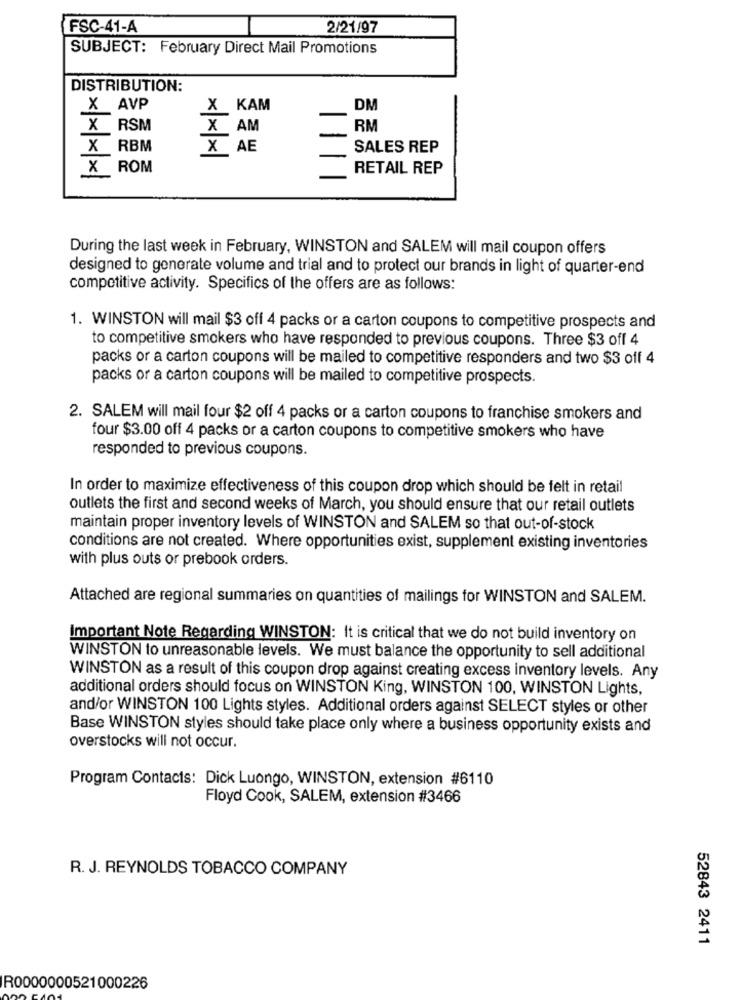
FSC-41-A
2/21/97
SUBJECT: February Direct Mail Promotions
DISTRIBUTION:
X AVP
X KAM
DM
X RSM
X AM
RM
X RBM
X AE
SALES REP
X
ROM
RETAIL REP
During the last week in February, WINSTON and SALEM will mail coupon offers
designed to generate volume and trial and to protect our brands in light of quarter-end
competitive activity. Specifics of the offers are as follows:
1. WINSTON will mail $3 off 4 packs or a carton coupons to competitive prospects and
to competitive smokers who have responded to previous coupons. Three $3 off 4
packs or a carton coupons will be mailed to competitive responders and two $3 off 4
packs or a carton coupons will be mailed to competitive prospects.
2. SALEM will mail four $2 off 4 packs or a carton coupons to franchise smokers and
four $3.00 off 4 packs or a carton coupons to competitive smokers who have
responded to previous coupons.
In order to maximize effectiveness of this coupon drop which should be felt in retail
outlets the first and second weeks of March, you should ensure that our retail outlets
maintain proper inventory levels of WINSTON and SALEM so that out-of-stock
conditions are not created. Where opportunities exist, supplement existing inventories
with plus outs or prebook orders.
Attached are regional summaries on quantities of mailings for WINSTON and SALEM.
Important Note Regarding WINSTON: It is critical that we do not build inventory on
WINSTON to unreasonable levels. We must balance the opportunity to sell additional
WINSTON as a result of this coupon drop against creating excess inventory levels. Any
additional orders should focus on WINSTON King, WINSTON 100, WINSTON Lights,
and/or WINSTON 100 Lights styles. Additional orders against SELECT styles or other
Base WINSTON styles should take place only where a business opportunity exists and
overstocks will not occur.
Program Contacts: Dick Luongo, WINSTON, extension #6110
Floyd Cook, SALEM, extension #3466
R. J. REYNOLDS TOBACCO COMPANY
52843 2411
R0000000521000226